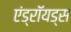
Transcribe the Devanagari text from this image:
एंड्रॉयड्स